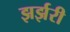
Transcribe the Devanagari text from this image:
झर्झरी